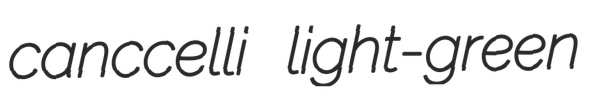
canccelli light-green